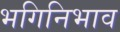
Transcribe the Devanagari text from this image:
भगिनिभाव